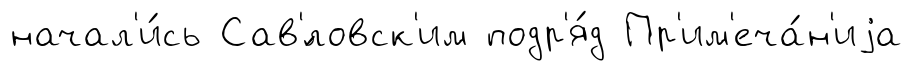
начал'и́сь Сав'́ловск'им подр'я́д Пр'им'еча́н'иjа